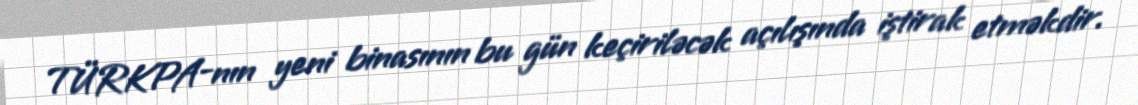
TÜRKPA-nın yeni binasının bu gün keçiriləcək açılışında iştirak etməkdir.